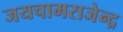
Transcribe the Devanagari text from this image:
जयचामराजेन्द्र